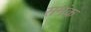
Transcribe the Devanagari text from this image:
समंक